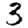
Digit: 3